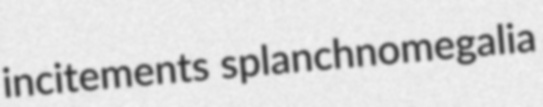
incitements splanchnomegalia